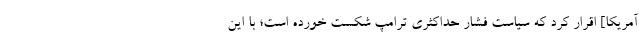
آمریکا] اقرار کرد که سیاست فشار حداکثری ترامپ شکست خورده است؛ با این